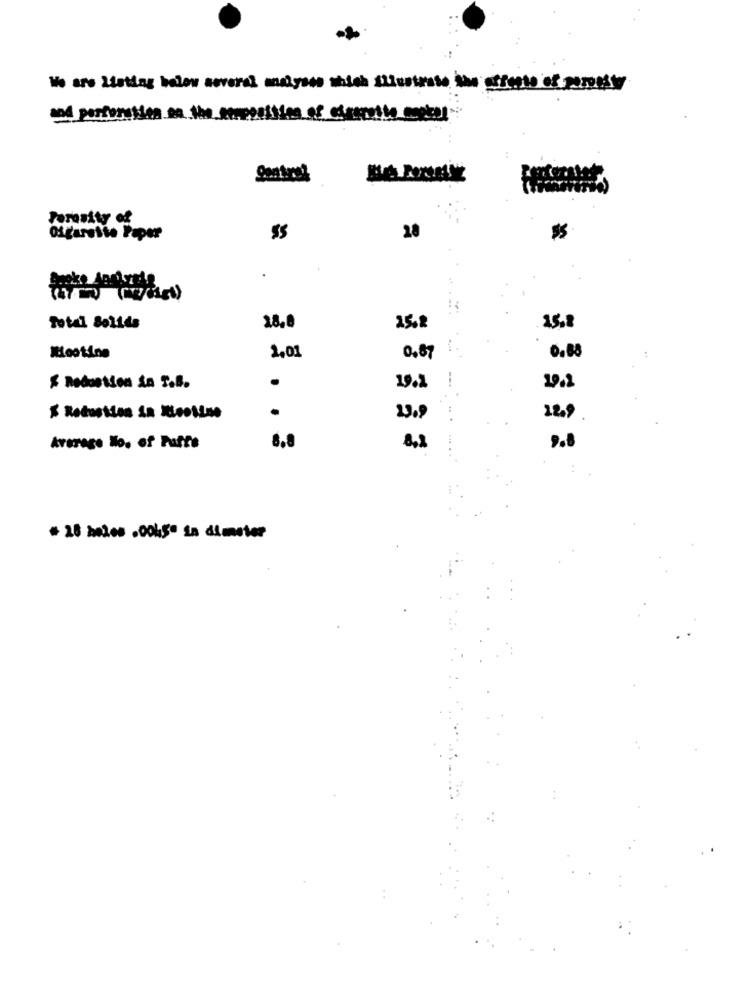
We are Listing below several analyses shish illustrate the streets of poroest
and perforation on the exposition of ciegrotte copkal"
Porosity of
Ofgaresse Paper
20
Total Solids
18.8
25.2
15.8
Mootine
2,01
0,87
0,88
.
& Reduction in T.B.
19.2
19.2
Reduction in Nicotine
13.9
12.9
Average No. of Puffe
9.8
+ 26 20200 .0045 in diameter